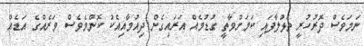
ނަމަވެސް ދޮރުހުރީ ތަޅުލާފައި ކަމަށްވާތީ ގުޑުމެއް އަރައިގެން ދިއުމާއިއެކު ކޮންމެވެސް ވަރެއްގެ އަޑެއް